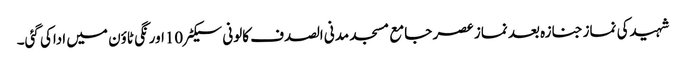
شہیدکی نمازجنازہ بعد نماز عصر جامع مسجد مدنی الصدف کالونی سیکٹر10اورنگی ٹاؤن میں اداکی گئی۔